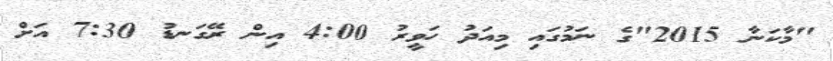
"މާކަނާ 2015"ގެ ނަމުގައި މިއަދު ހަވީރު 4:00 އިން ރޭގަނޑު 7:30 އަށް